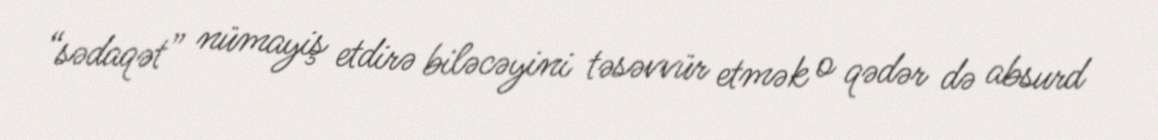
“sədaqət” nümayiş etdirə biləcəyini təsəvvür etmək o qədər də absurd